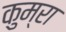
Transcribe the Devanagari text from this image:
कुम्रा